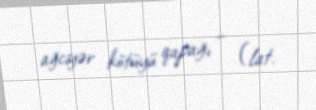
ağciyər kötüyü qapağı – (lat.